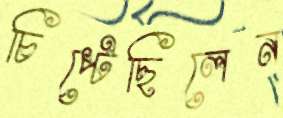
চিপ্‌টেছিলেন